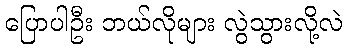
ပြောပါဦး ဘယ်လိုများ လွဲသွားလို့လဲ